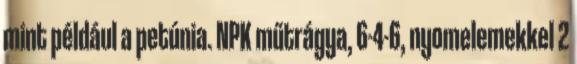
mint például a petúnia. NPK műtrágya, 6-4-6, nyomelemekkel 2